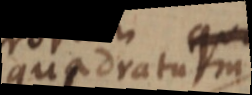
quadratum